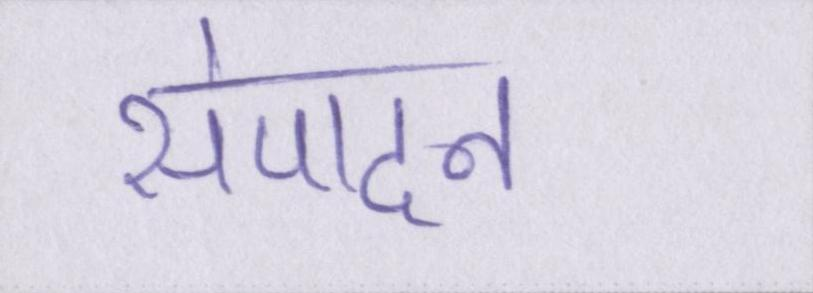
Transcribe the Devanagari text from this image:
संपादन